Civil Veterinary Dept. Bombay admin report 1914-1922 - 1914-1922
Year: 1914
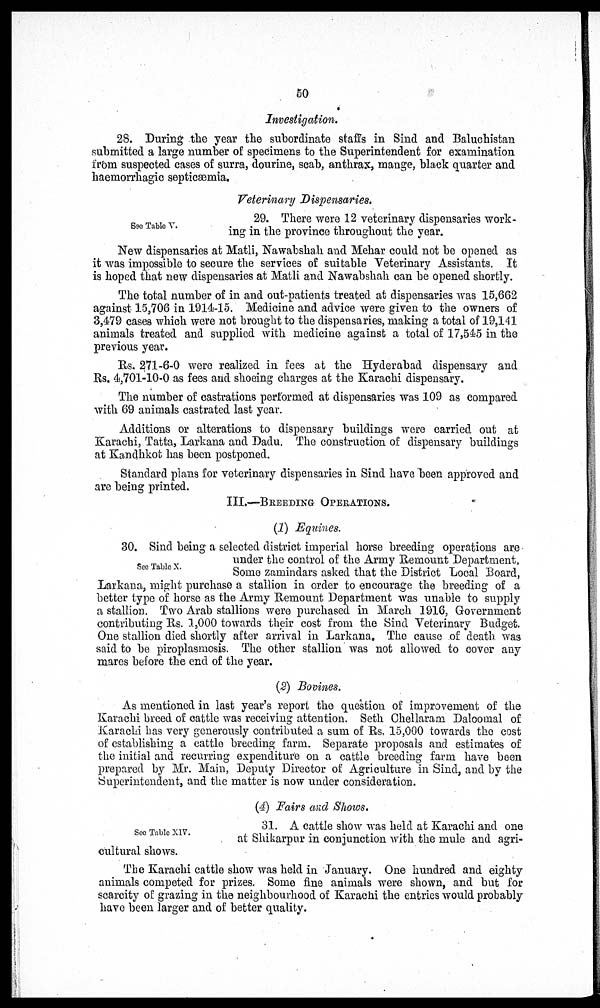
50
Investigation.
28. During the year the subordinate staffs in Sind and Baluchistan
submitted a large number of specimens to the Superintendent for examination
from suspected cases of surra, dourine, scab, anthrax, mange, black quarter and
haemorrhagic septicæmia.
Veterinary Dispensaries.
See Table V.
29. There were 12 veterinary dispensaries work-
ing in the province throughout the year.
New dispensaries at Matli, Nawabshah and Mehar could not be opened as
it was impossible to secure the services of suitable Veterinary Assistants. It
is hoped that new dispensaries at Matli and Nawabshah can be opened shortly.
The total number of in and out-patients treated at dispensaries was 15,662
against 15,706 in 1914-15. Medicine and advice were given to the owners of
3,479 cases which were not brought to the dispensaries, making a total of 19,141
animals treated and supplied with medicine against a total of 17,545 in the
previous year.
Rs. 271-6-0 were realized in fees at the Hyderabad dispensary and
Rs. 4,701-10-0 as fees and shoeing charges at the Karachi dispensary.
The number of castrations performed at dispensaries was 109 as compared
with 69 animals castrated last year.
Additions or alterations to dispensary buildings were carried out at
Karachi, Tatta, Larkana and Dadu. The construction of dispensary buildings
at Kandhkot has been postponed.
Standard plans for veterinary dispensaries in Sind have been approved and
are being printed.
III.—BREEDING OPERATIONS.
(1) Equines.
See Table X.
30. Sind being a selected district imperial horse breeding operations are
under the control of the Army Remount Department.
Some zamindars asked that the District Local Board,
Larkana, might purchase a stallion in order to encourage the breeding of a
better type of horse as the Army Remount Department was unable to supply
a stallion. Two Arab stallions were purchased in March 1916, Government
contributing Rs. 1,000 towards their cost from the Sind Veterinary Budget.
One stallion died shortly after arrival in Larkana. The cause of death was
said to be piroplasmosis. The other stallion was not allowed to cover any
mares before the end of the year.
(2) Bovines.
As mentioned in last year's report the question of improvement of the
Karachi breed of cattle was receiving attention. Seth Chellaram Daloomal of
Karachi has very generously contributed a sum of Rs. 15,000 towards the cost
of establishing a cattle breeding farm. Separate proposals and estimates of
the initial and recurring expenditure on a cattle breeding farm have been
prepared by Mr. Main, Deputy Director of Agriculture in Sind, and by the
Superintendent, and the matter is now under consideration.
(4) Fairs and Shows.
See Table XIV.
31. A cattle show was held at Karachi and one
at Shikarpur in conjunction with the mule and agri-
cultural shows.
The Karachi cattle show was held in January. One hundred and eighty
animals competed for prizes. Some fine animals were shown, and but for
scarcity of grazing in the neighbourhood of Karachi the entries would probably
have been larger and of better quality.